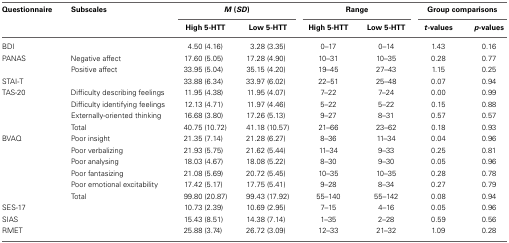
<table><thead><tr><td><b>Questionnaire</b></td><td><b>Subscales</b></td><td colspan="2"><b><i>M</i> (<i>SD</i>)</b></td><td colspan="2"><b>Range</b></td><td colspan="2"><b>Group comparisons</b></td></tr><tr><td></td><td></td><td><b>High 5-HTT</b></td><td><b>Low 5-HTT</b></td><td><b>High 5-HTT</b></td><td><b>Low 5-HTT</b></td><td><b><i>t</i>-values</b></td><td><b><i>p</i>-values</b></td></tr></thead><tbody><tr><td>BDI</td><td></td><td>4.50 (4.16)</td><td>3.28 (3.35)</td><td>0–17</td><td>0–14</td><td>1.43</td><td>0.16</td></tr><tr><td>PANAS</td><td>Negative affect</td><td>17.60 (5.05)</td><td>17.28 (4.90)</td><td>10–31</td><td>10–35</td><td>0.28</td><td>0.77</td></tr><tr><td></td><td>Positive affect</td><td>33.95 (5.04)</td><td>35.15 (4.20)</td><td>19–45</td><td>27–43</td><td>1.15</td><td>0.25</td></tr><tr><td>STAI-T</td><td></td><td>33.88 (6.34)</td><td>33.97 (6.02)</td><td>22–51</td><td>25–48</td><td>0.07</td><td>0.94</td></tr><tr><td>TAS-20</td><td>Difficulty describing feelings</td><td>11.95 (4.38)</td><td>11.95 (4.07)</td><td>7–22</td><td>7–24</td><td>0.00</td><td>0.99</td></tr><tr><td></td><td>Difficulty identifying feelings</td><td>12.13 (4.71)</td><td>11.97 (4.46)</td><td>5–22</td><td>5–22</td><td>0.15</td><td>0.88</td></tr><tr><td></td><td>Externally-oriented thinking</td><td>16.68 (3.80)</td><td>17.26 (5.13)</td><td>9–27</td><td>8–31</td><td>0.57</td><td>0.57</td></tr><tr><td></td><td>Total</td><td>40.75 (10.72)</td><td>41.18 (10.57)</td><td>21–66</td><td>23–62</td><td>0.18</td><td>0.93</td></tr><tr><td>BVAQ</td><td>Poor insight</td><td>21.35 (7.14)</td><td>21.28 (6.27)</td><td>8–36</td><td>11–34</td><td>0.04</td><td>0.96</td></tr><tr><td></td><td>Poor verbalizing</td><td>21.93 (5.75)</td><td>21.62 (5.44)</td><td>11–34</td><td>9–33</td><td>0.25</td><td>0.81</td></tr><tr><td></td><td>Poor analysing</td><td>18.03 (4.67)</td><td>18.08 (5.22)</td><td>8–30</td><td>9–30</td><td>0.05</td><td>0.96</td></tr><tr><td></td><td>Poor fantasizing</td><td>21.08 (5.69)</td><td>20.72 (5.45)</td><td>10–35</td><td>10–35</td><td>0.28</td><td>0.78</td></tr><tr><td></td><td>Poor emotional excitability</td><td>17.42 (5.17)</td><td>17.75 (5.41)</td><td>9–28</td><td>8–34</td><td>0.27</td><td>0.79</td></tr><tr><td></td><td>Total</td><td>99.80 (20.87)</td><td>99.43 (17.92)</td><td>55–140</td><td>55–142</td><td>0.08</td><td>0.94</td></tr><tr><td>SES-17</td><td></td><td>10.73 (2.39)</td><td>10.69 (2.95)</td><td>7–15</td><td>4–16</td><td>0.05</td><td>0.96</td></tr><tr><td>SIAS</td><td></td><td>15.43 (8.51)</td><td>14.38 (7.14)</td><td>1–35</td><td>2–28</td><td>0.59</td><td>0.56</td></tr><tr><td>RMET</td><td></td><td>25.88 (3.74)</td><td>26.72 (3.09)</td><td>12–33</td><td>21–32</td><td>1.09</td><td>0.28</td></tr></tbody></table>